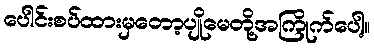
ပေါင်းစပ်ထားမှတော့ပျိုမေတို့အကြိုက်ပေါ့။